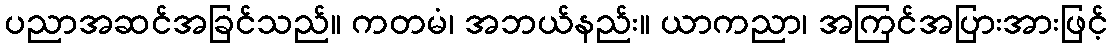
ပညာအဆင်အခြင်သည်။ ကတမံ၊ အဘယ်နည်း။ ယာကညာ၊ အကြင်အပြားအားဖြင့်